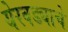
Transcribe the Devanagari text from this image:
येरवड्याचे